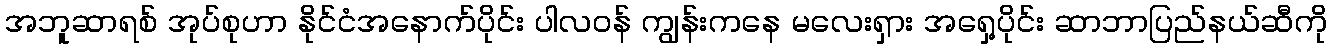
အဘူဆာရစ် အုပ်စုဟာ နိုင်ငံအနောက်ပိုင်း ပါလဝန် ကျွန်းကနေ မလေးရှား အရှေ့ပိုင်း ဆာဘာပြည်နယ်ဆီကို